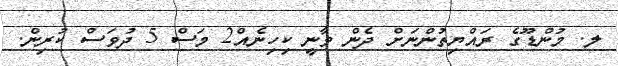
ލ. މުންޑޫގެ ރައްޔިތުންނަށް ދެން ވާނީ ކިހިނެއް2 މަސް 5 ދުވަސް ކުރިން.